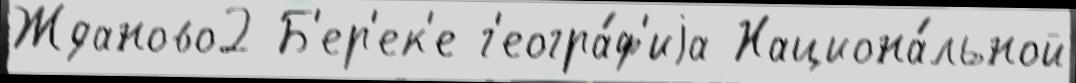
Жданово2 Б'ер'ек'е г'еогра́ф'иjа Национа́льной